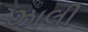
ઝાલી